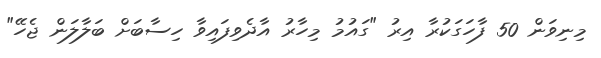
މިނިވަން 50 ފާހަގަކުރާ އިރު "ގައުމު މިހާރު އާދެވިފައިވާ ހިސާބަށް ބަލާލަން ޖެހޭ"